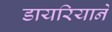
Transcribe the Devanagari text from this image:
डायरियाने